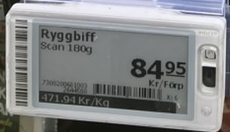
Vara: Ryggbiff
Genomsnittspris: 471.91 per kg